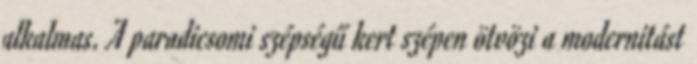
alkalmas. A paradicsomi szépségű kert szépen ötvözi a modernitást